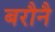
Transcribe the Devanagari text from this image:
बरौनै